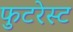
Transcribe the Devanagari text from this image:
फुटरेस्ट